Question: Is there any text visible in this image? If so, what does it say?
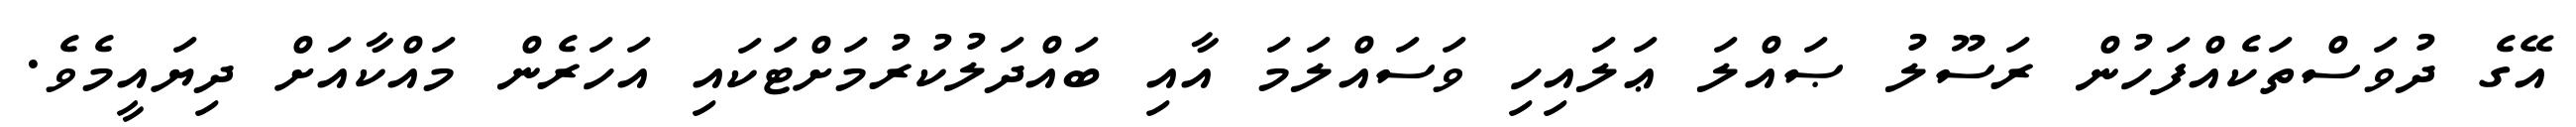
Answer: އޭގެ ދުވަސްތަކެއްފަހުން ރަސޫލު ޞައްލަ ޢަލައިހި ވަސައްލަމަ އާއި ބައްދަލުކުރުމަށްޓަކައި އަހަރެން މައްކާއަށް ދިޔައީމެވެ.